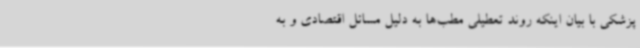
پزشکی با بیان اینکه روند تعطیلی مطب‌ها به دلیل مسائل اقتصادی و به